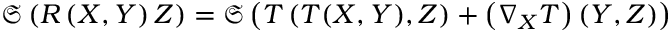
{ \mathfrak { S } } \left( R \left( X , Y \right) Z \right) = { \mathfrak { S } } \left( T \left( T ( X , Y ) , Z \right) + \left( \nabla _ { X } T \right) \left( Y , Z \right) \right)